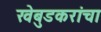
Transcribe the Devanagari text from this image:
खेबुडकरांचा